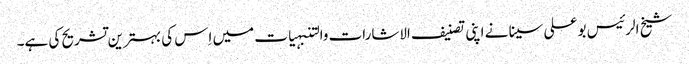
شیخ الرئیس بو علی سینا نے اپنی تصنیف الاشارات والتنبہیات میں اِس کی بہترین تشریح کی ہے۔